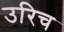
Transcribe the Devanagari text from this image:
उरिच